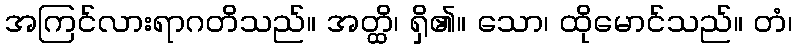
အကြင်လားရာဂတိသည်။ အတ္ထိ၊ ရှိ၏။ သော၊ ထိုမောင်သည်။ တံ၊